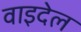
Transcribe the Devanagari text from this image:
वाइदेल